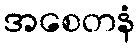
အစေတနံ